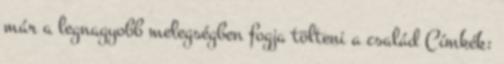
már a legnagyobb melegségben fogja tölteni a család Címkék: